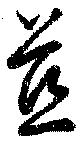
慈